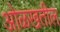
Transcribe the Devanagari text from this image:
ओळखतील